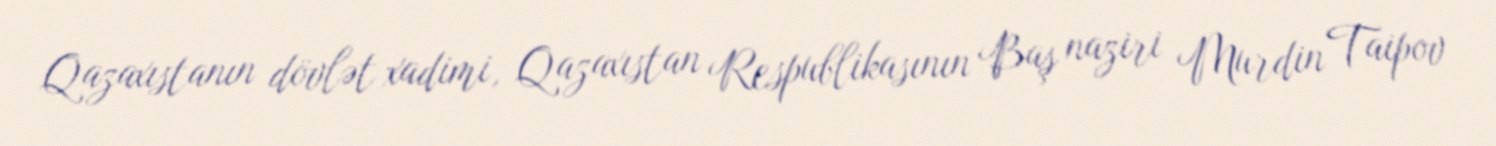
Qazaxıstanın dövlət xadimi, Qazaxıstan Respublikasının Baş naziri Murdin Taipov